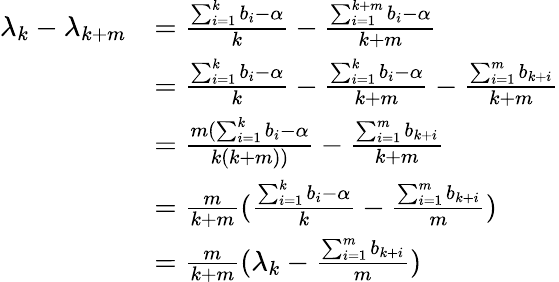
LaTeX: \begin{array}{rl}{\lambda_{k}-\lambda_{k+m}}&{=\frac{\sum_{i=1}^{k}b_{i}-\alpha}{k}-\frac{\sum_{i=1}^{k+m}b_{i}-\alpha}{k+m}}\\ &{=\frac{\sum_{i=1}^{k}b_{i}-\alpha}{k}-\frac{\sum_{i=1}^{k}b_{i}-\alpha}{k+m}-\frac{\sum_{i=1}^{m}b_{k+i}}{k+m}}\\ &{=\frac{m(\sum_{i=1}^{k}b_{i}-\alpha}{k(k+m))}-\frac{\sum_{i=1}^{m}b_{k+i}}{k+m}}\\ &{=\frac{m}{k+m}(\frac{\sum_{i=1}^{k}b_{i}-\alpha}{k}-\frac{\sum_{i=1}^{m}b_{k+i}}{m})}\\ &{=\frac{m}{k+m}(\lambda_{k}-\frac{\sum_{i=1}^{m}b_{k+i}}{m})}\end{array}